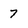
Character: 7